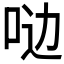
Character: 𫩸